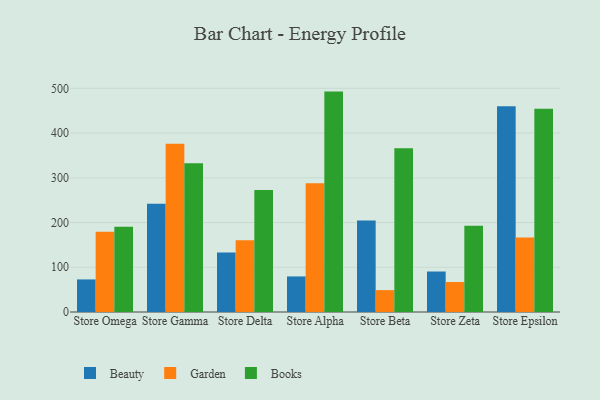
{"axis": {"x": "Store", "y": "Tickets Resolved"}, "legend": ["Beauty", "Books", "Garden"], "data": [{"x": "Store Omega", "y": 72.8, "type": "Beauty"}, {"x": "Store Omega", "y": 179.4, "type": "Garden"}, {"x": "Store Omega", "y": 190.3, "type": "Books"}, {"x": "Store Gamma", "y": 242.0, "type": "Beauty"}, {"x": "Store Gamma", "y": 375.9, "type": "Garden"}, {"x": "Store Gamma", "y": 332.8, "type": "Books"}, {"x": "Store Delta", "y": 132.9, "type": "Beauty"}, {"x": "Store Delta", "y": 160.3, "type": "Garden"}, {"x": "Store Delta", "y": 273.0, "type": "Books"}, {"x": "Store Alpha", "y": 79.5, "type": "Beauty"}, {"x": "Store Alpha", "y": 287.7, "type": "Garden"}, {"x": "Store Alpha", "y": 492.7, "type": "Books"}, {"x": "Store Beta", "y": 204.4, "type": "Beauty"}, {"x": "Store Beta", "y": 48.9, "type": "Garden"}, {"x": "Store Beta", "y": 365.8, "type": "Books"}, {"x": "Store Zeta", "y": 90.5, "type": "Beauty"}, {"x": "Store Zeta", "y": 67.0, "type": "Garden"}, {"x": "Store Zeta", "y": 193.0, "type": "Books"}, {"x": "Store Epsilon", "y": 460.0, "type": "Beauty"}, {"x": "Store Epsilon", "y": 166.8, "type": "Garden"}, {"x": "Store Epsilon", "y": 454.2, "type": "Books"}]}